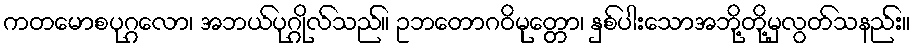
ကတမောစပုဂ္ဂလော၊ အဘယ်ပုဂ္ဂိုလ်သည်။ ဥဘတောဂဝိမုတ္တော၊ နှစ်ပါးသောအဘို့တို့မှလွတ်သနည်း။